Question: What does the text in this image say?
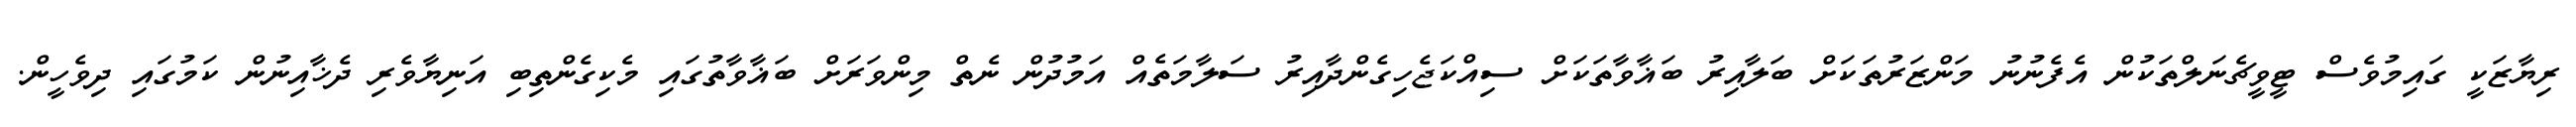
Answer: ރިޔާޒަކީ ގައިމުވެސް ޓީވީޗެނަލްތަކުން އެފެނުނު މަންޒަރުތަކަށް ބަލާއިރު ބަޣާވާތަކަށް ސިއްކަޖެހިގެންދާއިރު ސަލާމަތެއް އަމުދުން ނެތް މިންވަރަށް ބަޣާވާތުގައި މެކިގެންތިބި އަނިޔާވެރި ދެޚާއިނުން ކަމުގައި ދިވެހީން.